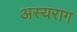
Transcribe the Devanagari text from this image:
अस्यराग